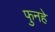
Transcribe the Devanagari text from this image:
फुनहे